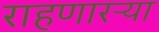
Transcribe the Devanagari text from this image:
राहणारऱ्या